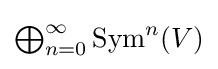
\textstyle \bigoplus _{n=0}^{\infty }\operatorname {Sym} ^{n}(V)